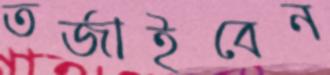
তর্জাইবেন